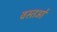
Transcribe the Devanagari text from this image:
वस्तओं